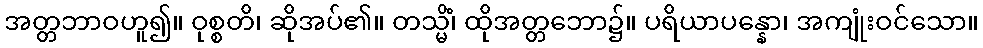
အတ္တဘာဝဟူ၍။ ဝုစ္စတိ၊ ဆိုအပ်၏။ တသ္မိံ၊ ထိုအတ္တဘော၌။ ပရိယာပန္နော၊ အကျုံးဝင်သော။